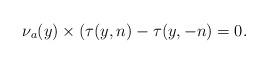
LaTeX: \begin{align*}\nu_{a}(y) \times(\tau(y,n)-\tau(y,-n)=0. \end{align*}